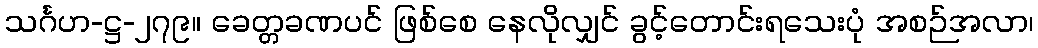
သင်္ဂဟ-ဋ္ဌ-၂၇၉။ ခေတ္တခဏပင် ဖြစ်စေ နေလိုလျှင် ခွင့်တောင်းရသေးပုံ အစဉ်အလာ၊